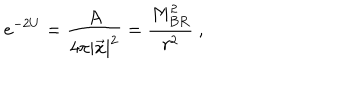
LaTeX: e ^ { - 2 U } = { \frac { A } { 4 \pi | \vec { x } | ^ { 2 } } } = { \frac { M _ { B R } ^ { 2 } } { r ^ { 2 } } } \ ,